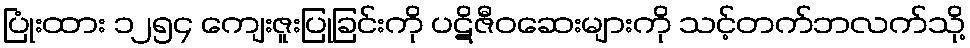
ပြုံးထား ၁၂၅၄ ကျေးဇူးပြုခြင်းကို ပဋိဇီဝဆေးများကို သင့်တက်ဘလက်သို့